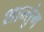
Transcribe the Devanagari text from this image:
शान्तुंग